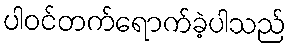
ပါဝင်တက်ရောက်ခဲ့ပါသည်